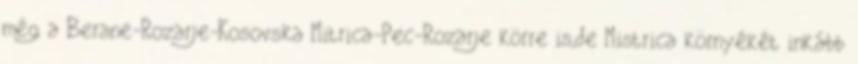
még a Berane-Rozarje-Kosovska Mitrica-Pec-Rozarje körre is,de Mistrica környékét inkább